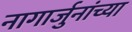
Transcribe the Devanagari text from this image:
नागार्जुनांच्या